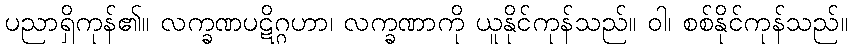
ပညာရှိကုန်၏။ လက္ခဏပဋိဂ္ဂဟာ၊ လက္ခဏာကို ယူနိုင်ကုန်သည်။ ဝါ၊ စစ်နိုင်ကုန်သည်။